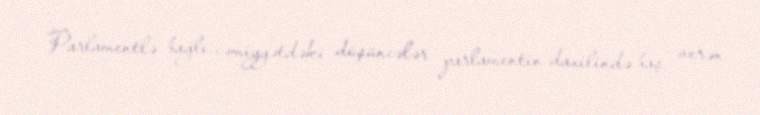
Parlamentlə bağlı cəmiyyətdəki düşüncələr parlamentin daxilində baş verən